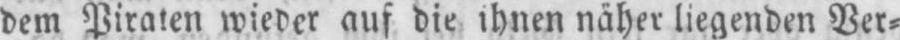
dem Piraten wieder auf die ihnen näher liegenden Ver⸗